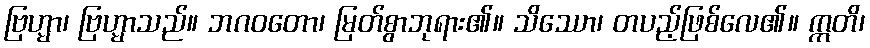
ဗြဟ္မာ၊ ဗြဟ္မာသည်။ ဘဂဝတော၊ မြတ်စွာဘုရား၏။ သိဿော၊ တပည့်ဖြစ်လေ၏။ ဣတိ၊